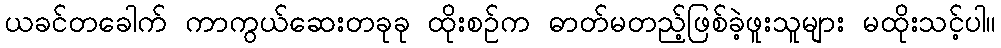
ယခင်တခေါက် ကာကွယ်ဆေးတခုခု ထိုးစဉ်က ဓာတ်မတည့်ဖြစ်ခဲ့ဖူးသူများ မထိုးသင့်ပါ။